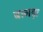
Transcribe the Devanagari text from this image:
बागड़ा